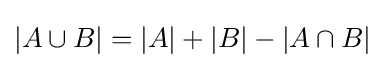
|A\cup B|=|A|+|B|-|A\cap B|